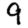
Digit: 9